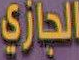
الجازي